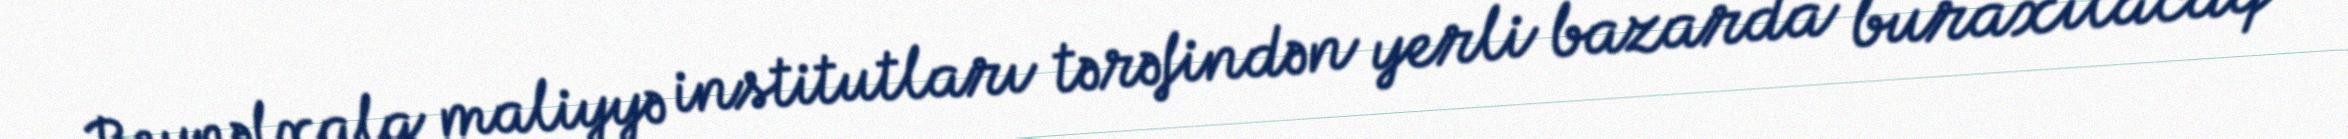
Beynəlxalq maliyyə institutları tərəfindən yerli bazarda buraxılacaq